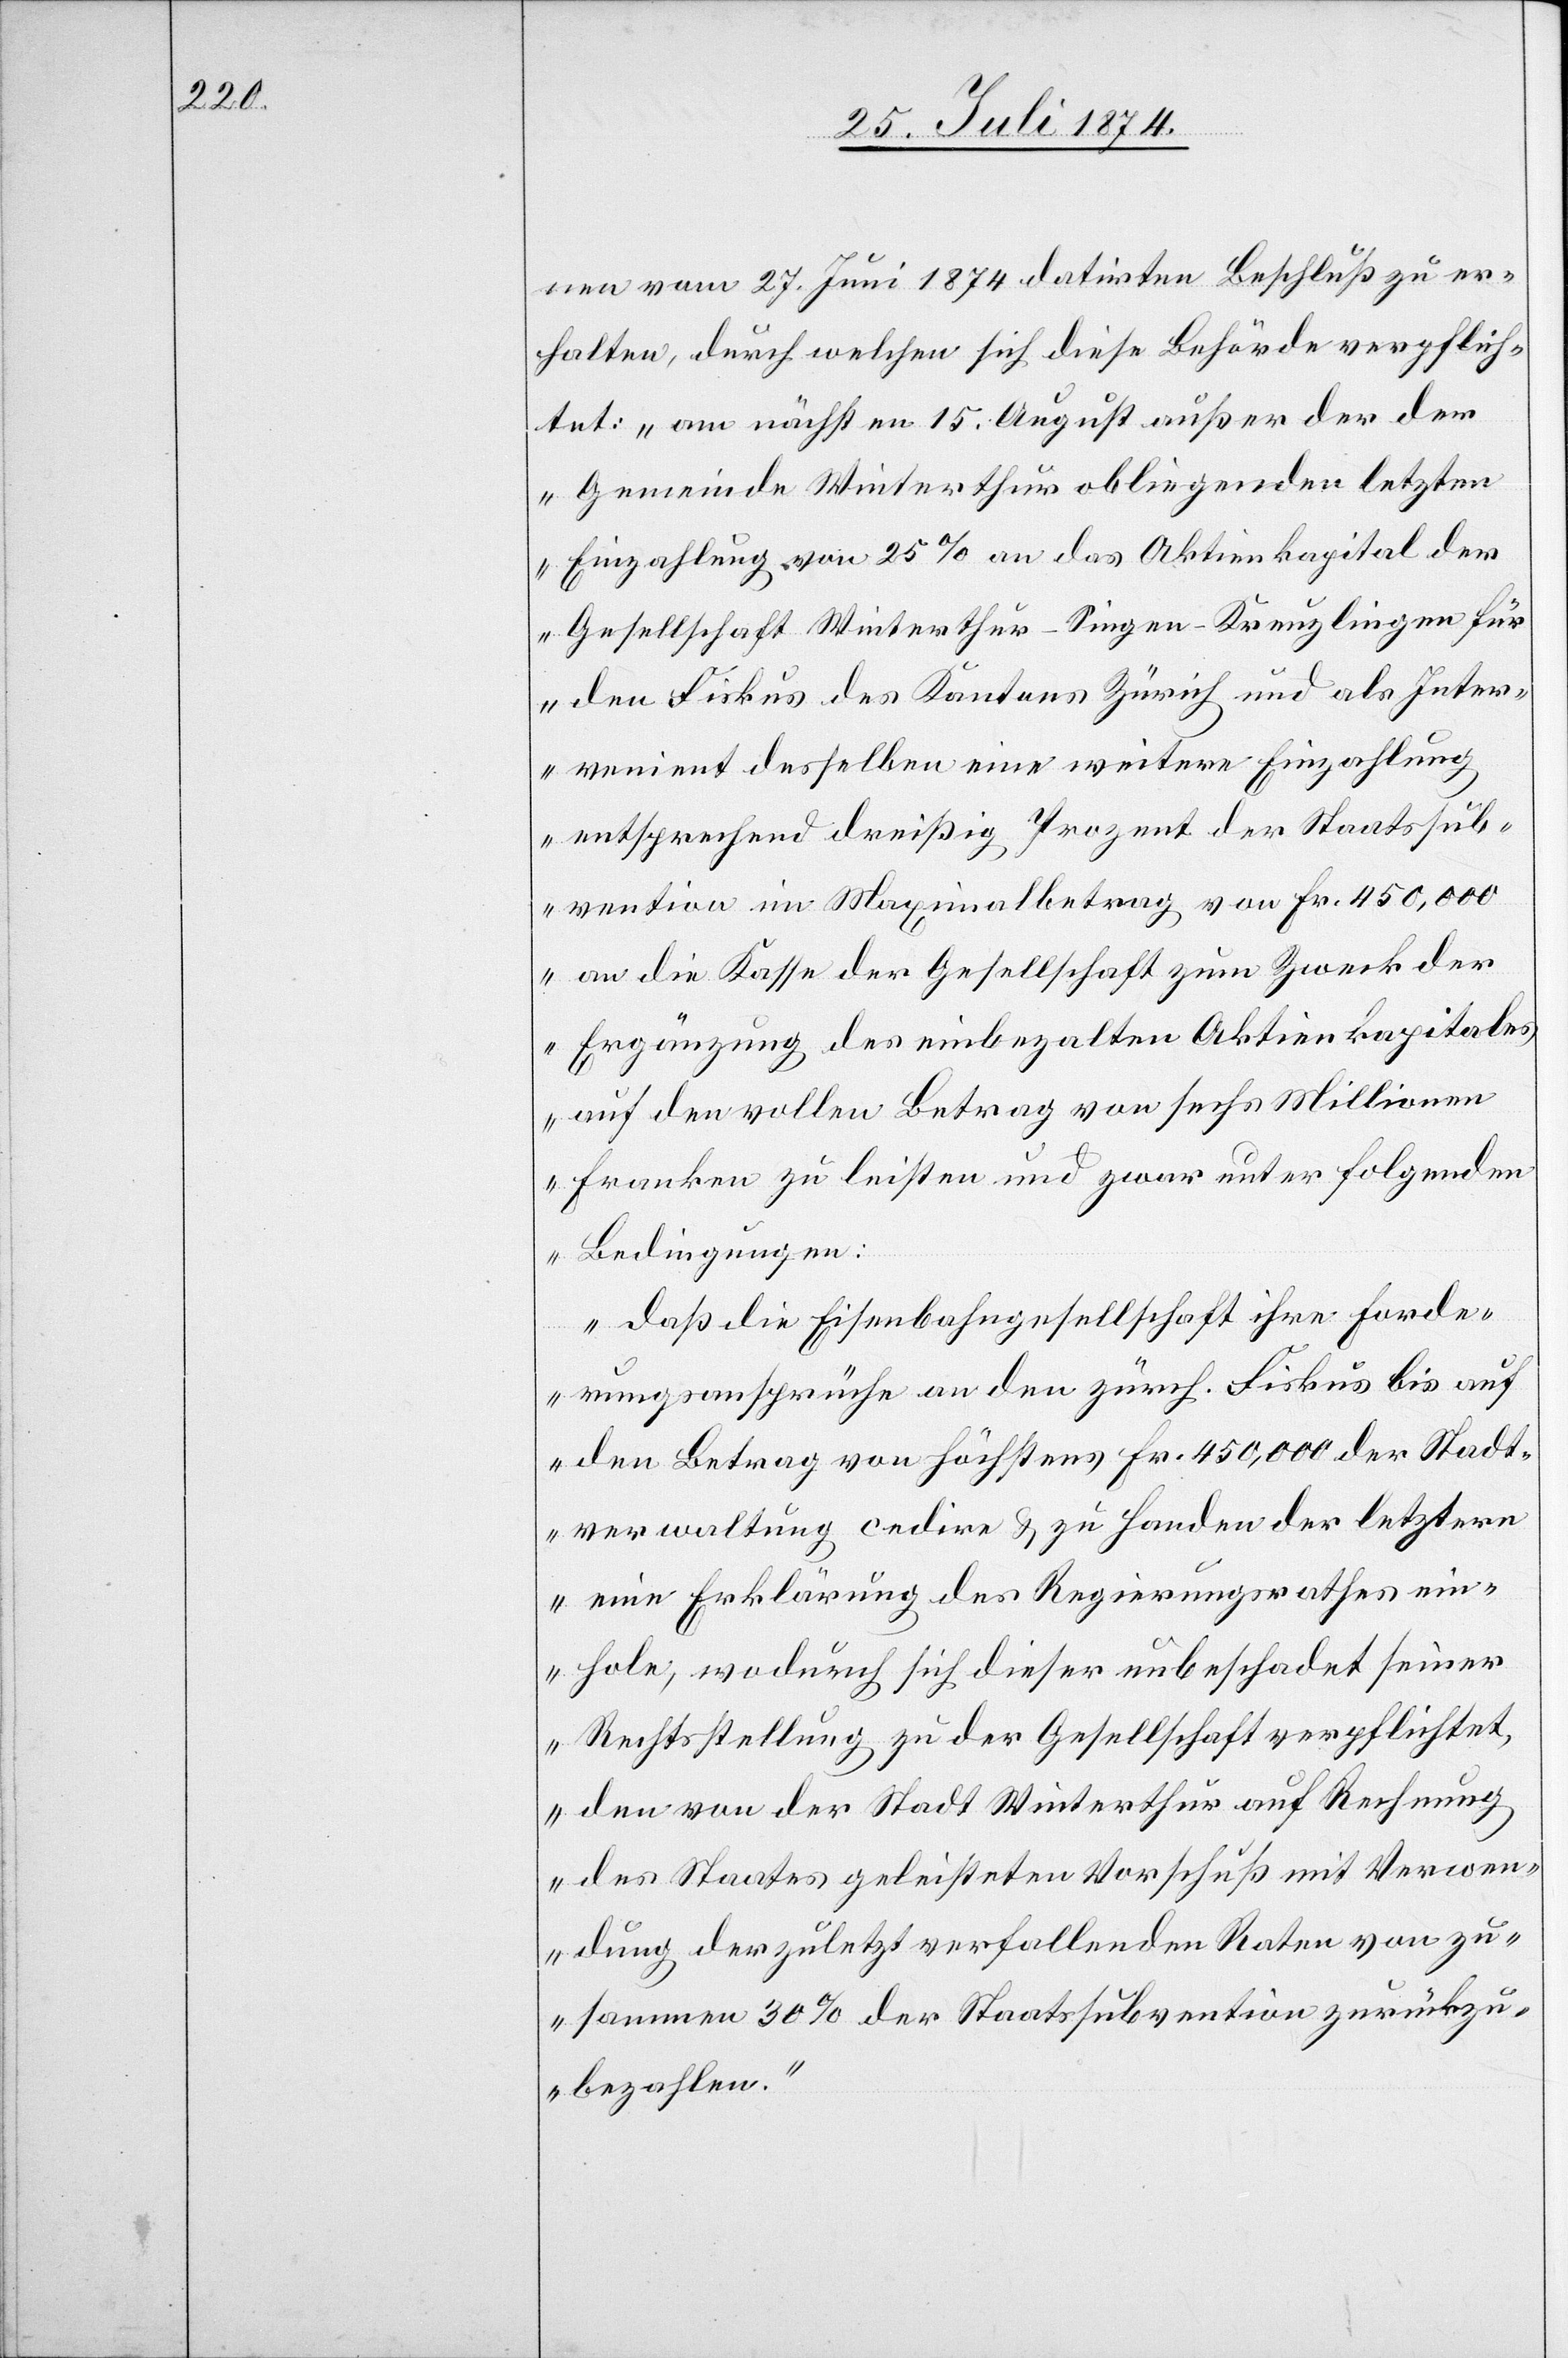
nen vom 27. Juni 1874 datirten Beschluß zu er¬
halten, durch welchen sich diese Behörde verpflich¬
tet: „am nächsten 15. August außer der der
Gemeinde Winterthur obliegenden letzten
Einzahlung von 25% an das Aktienkapital der
Gesellschaft Winterthur–Singen–Kreuzlingen für
den Fiskus des Kantons Zürich und als Inter¬
venient desselben eine weitere Einzahlung
entsprechend dreißig Prozent der Staatssub¬
vention im Maximalbetrag von Fr. 450,000
an die Kasse der Gesellschaft zum Zweck der
Ergänzung des einbezalten Aktienkapitales
auf den vollen Betrag von sechs Millionen
Franken zu leisten und zwar unter folgenden
Bedingungen:
daß die Eisenbahngesellschaft ihre Forde¬
rungsansprüche an den zürch. Fiskus bis auf
den Betrag von höchstens Fr. 450,000 der Stadt¬
verwaltung cedire u. zu Handen der letztern
eine Erklärung des Regierungsrathes ein¬
hole, wodurch sich dieser unbeschadet seiner
Rechtsstellung zu der Gesellschaft verpflichtet,
den von der Stadt Winterthur auf Rechnung
des Staates geleisteten Vorschuß mit Verwen¬
dung der zuletzt verfallenden Raten von zu¬
sammen 30% der Staatssubvention zurückzu¬
bezahlen.“